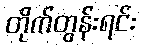
တိုက်တွန်းရင်း